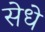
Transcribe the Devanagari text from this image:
सेधे